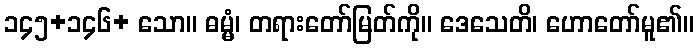
၁၄၅+၁၄၆+ သော။ ဓမ္မံ၊ တရားတော်မြတ်ကို။ ဒေသေတိ၊ ဟောတော်မူ၏။